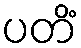
ပတိံ